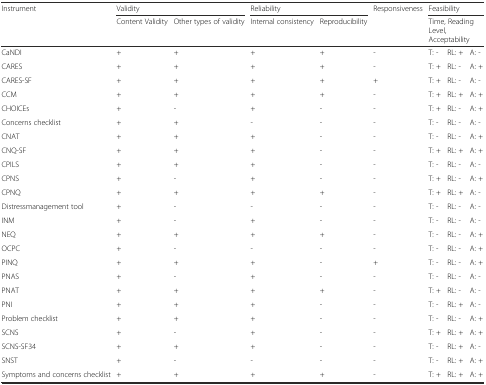
| <ROWSPAN=2> Instrument | <COLSPAN=2> Validity | <COLSPAN=2> Reliability | Responsiveness | <COLSPAN=3> Feasibility |
 | Content Validity | Other types of validity | Internal consistency | Reproducibility |  | <COLSPAN=3> Time, Reading Level, Acceptability |
 | --- | --- | --- | --- | --- | --- | --- | --- | --- |
 | CaNDI | + | + | + | + | - | T: - | RL: + | A: - |
 | CARES | + | + | + | + | - | T: + | RL: - | A: + |
 | CARES-SF | + | + | + | + | + | T: + | RL: - | A: - |
 | CCM | + | + | + | + | - | T: + | RL: + | A: + |
 | CHOICEs | + | - | + | - | - | T: + | RL: - | A: + |
 | Concerns checklist | + | + | - | - | - | T: - | RL: - | A: - |
 | CNAT | + | + | + | - | - | T: - | RL: - | A: + |
 | CNQ-SF | + | + | + | - | - | T: + | RL: + | A: + |
 | CPILS | + | + | + | - | - | T: - | RL: - | A: - |
 | CPNS | + | - | + | - | - | T: + | RL: - | A: + |
 | CPNQ | + | + | + | + | - | T: + | RL: + | A: - |
 | Distressmanagement tool | + | - | - | - | - | T: - | RL: - | A: - |
 | INM | + | - | + | - | - | T: - | RL: - | A: - |
 | NEQ | + | + | + | + | - | T: - | RL: - | A: + |
 | OCPC | + | - | - | - | - | T: - | RL: - | A: + |
 | PINQ | + | + | + | - | + | T: - | RL: - | A: + |
 | PNAS | + | - | + | - | - | T: - | RL: - | A: - |
 | PNAT | + | + | + | + | - | T: + | RL: - | A: - |
 | PNI | + | + | + | - | - | T: - | RL: + | A: - |
 | Problem checklist | + | + | + | - | - | T: - | RL: - | A: + |
 | SCNS | + | - | + | - | - | T: + | RL: + | A: + |
 | SCNS-SF34 | + | + | + | - | - | T: - | RL: + | A: - |
 | SNST | + | - | - | - | - | T: - | RL: + | A: + |
 | Symptoms and concerns checklist | + | + | + | + | - | T: + | RL: + | A: + |